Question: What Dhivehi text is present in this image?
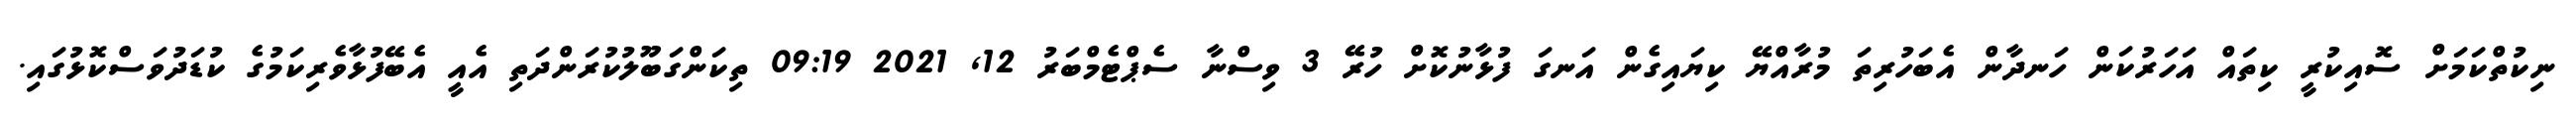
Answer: ނިކުތްކަމަށް ސޮއިކުރީ ކިތައް އަހަރުކަން ހަނދާން އެބަހުރިތަ މުރާއްޔޭ ކިޔައިގެން އަނގަ ފުޅާނުކޮށް ހުރޭ 3 ވިސްނާ ސެޕްޓެމްބަރު 12, 2021 09:19 ތިކަންގަބޫލުކުރަންދަތި އެއީ އެބޭފުޅާވެރިކަމުގެ ކުޑަދުވަސްކޮޅުގައި.